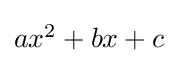
\textstyle ax^{2}+bx+c